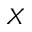
X